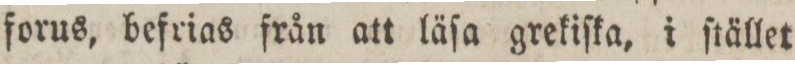
forus, befrias från att läſa grekiſka, i ſtället